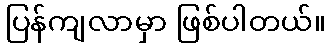
ပြန်ကျလာမှာ ဖြစ်ပါတယ်။